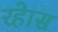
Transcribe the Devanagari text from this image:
रहेास